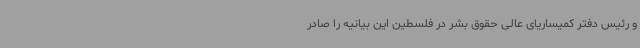
و رئیس دفتر کمیساریای عالی حقوق بشر در فلسطین این بیانیه را صادر